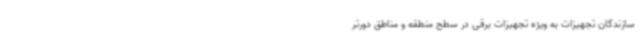
سازندگان ‌تجهیزات به ویژه تجهیزات برقی در سطح منطقه و مناطق دورتر